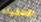
الأشقياء